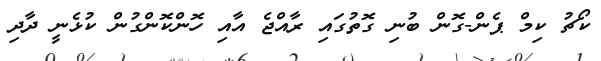
ކޯޗު ކިމް ޕެން-ގޮން ބުނި ގޮތުގައި ރާއްޖެ އާއި ހޮންކޮންގުން ކުޅެނީ ދާދި